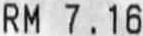
RM 7.16